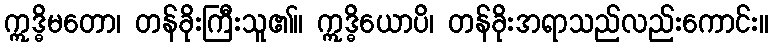
ဣဒ္ဓိမတော၊ တန်ခိုးကြီးသူ၏။ ဣဒ္ဓိယောပိ၊ တန်ခိုးအရာသည်လည်းကောင်း။